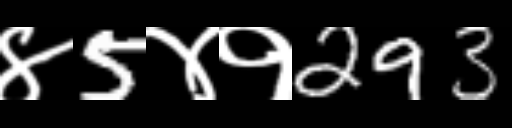
Text: ४5४१293